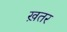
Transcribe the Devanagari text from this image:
ख़तर